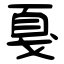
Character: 戛